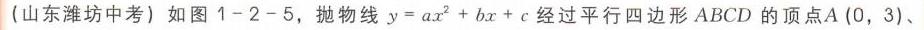
(山东潍坊中考) 如图1 - 2 - 5，抛物线\(y = ax^{2}+bx + c\)经过平行四边形\(ABCD\)的顶点\(A(0,3)\)、